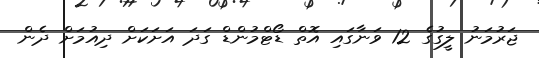
ޖަރުމަނު ލީގުގެ 12 ވަނާގައި އޮތް ޑޯޓްމުންޑް ގަދަ އަށަކަށް ދިއުމަށް ދެން